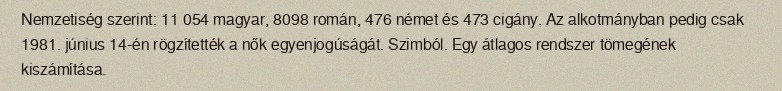
Nemzetiség szerint: 11 054 magyar, 8098 román, 476 német és 473 cigány. Az alkotmányban pedig csak 1981. június 14-én rögzítették a nők egyenjogúságát. Szimból. Egy átlagos rendszer tömegének kiszámítása.